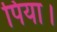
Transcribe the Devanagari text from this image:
पिया।